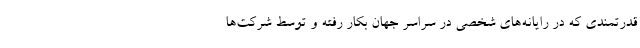
قدرتمندی که در رایانه‌های شخصی در سراسر جهان بکار رفته و توسط شرکت‌ها